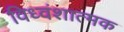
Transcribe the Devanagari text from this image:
विध्वंशात्मक